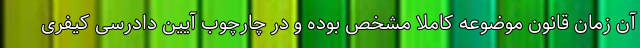
آن زمان قانون موضوعه کاملا مشخص بوده و در چارچوب آیین دادرسی کیفری